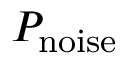
P _ { \mathrm { n o i s e } }